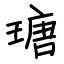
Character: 瑭